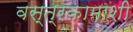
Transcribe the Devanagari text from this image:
वस्त्रकामाशी